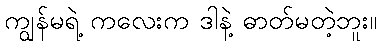
ကျွန်မရဲ့ ကလေးက ဒါနဲ့ ဓာတ်မတဲ့ဘူး။